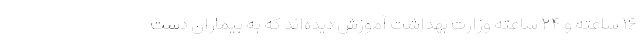
۱۶ ساعته و ۲۴ ساعته وزارت بهداشت آموزش دیده‌اند که به بیماران دست